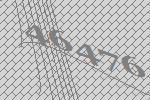
46476